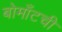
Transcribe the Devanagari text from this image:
बोमाँटची